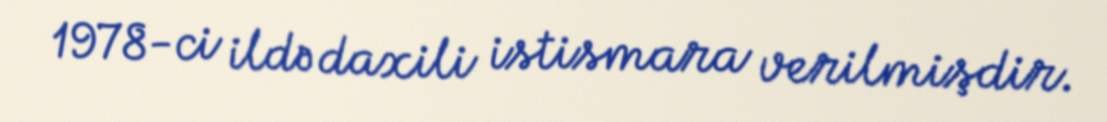
1978-ci ildə daxili istismara verilmişdir.